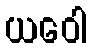
ယဝေါ